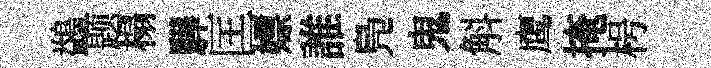
鷁题榻驊匡嫖誰鳬鬼斛鹰掩枵